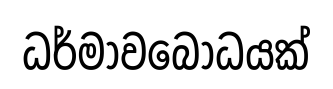
ධර්මාවබෝධයක්